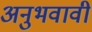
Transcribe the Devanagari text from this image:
अनुभवावी